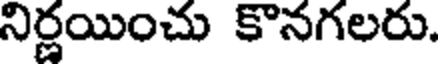
నిర్ణయించు కొనగలరు.